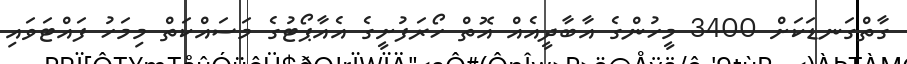
ގާތްގަނޑަކަށް 3400 މީހުންގެ އާބާދީއެއް އޮތް ހޯރަފުށީގެ އެއާޕޯޓުގެ މަސައްކަތް މިމަހު ފައްޓަވައި